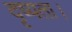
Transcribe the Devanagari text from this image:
दृष्यता।